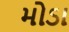
મોડા